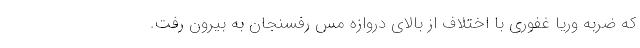
که ضربه وریا غفوری با اختلاف از بالای دروازه مس رفسنجان به بیرون رفت.